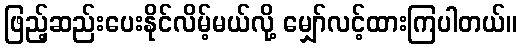
ဖြည့်ဆည်းပေးနိုင်လိမ့်မယ်လို့ မျှော်လင့်ထားကြပါတယ်။